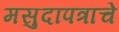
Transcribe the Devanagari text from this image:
मसुदापत्राचे